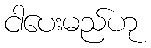
ငါပေးမည်ဟု